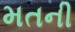
મતની